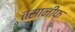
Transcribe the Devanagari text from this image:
तसानीफ़